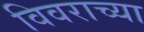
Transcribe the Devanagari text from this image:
विवराच्या